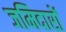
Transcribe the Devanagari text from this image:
जमिदारों